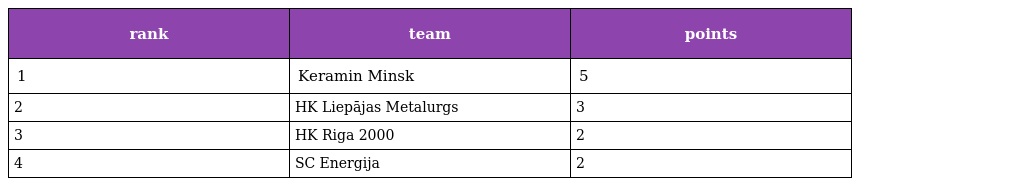
| rank | team | points |
 | --- | --- | --- |
 | 1 | Keramin Minsk | 5 |
 | 2 | HK Liepājas Metalurgs | 3 |
 | 3 | HK Riga 2000 | 2 |
 | 4 | SC Energija | 2 |